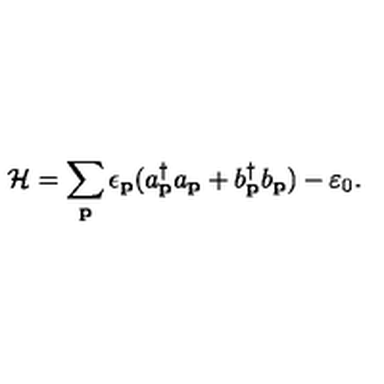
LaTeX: { \cal H } = \sum _ { { \bf { p } } } \epsilon _ { { \bf { p } } } ( a _ { { \bf { p } } } ^ { \dagger } a _ { { \bf { p } } } + b _ { { \bf { p } } } ^ { \dagger } b _ { { \bf { p } } } ) - \varepsilon _ { 0 } .